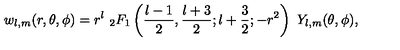
w _ { l , m } ( r , \theta , \phi ) = r ^ { l } \ _ { 2 } F _ { 1 } \left( { \frac { l - 1 } { 2 } } , { \frac { l + 3 } { 2 } } ; l + { \frac { 3 } { 2 } } ; - r ^ { 2 } \right) \ Y _ { l , m } ( \theta , \phi ) ,